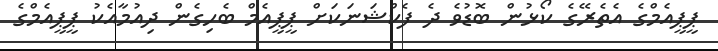
ޕީޕީއެމްގެ އެތެރޭގެ ކޯޅުން ބޮޑުވެ ދެ ފެކްޝަނަކަށް ޕީޕީއެމް ބެހިގެން ދިއުމާއެކު ޕީޕީއެމްގެ